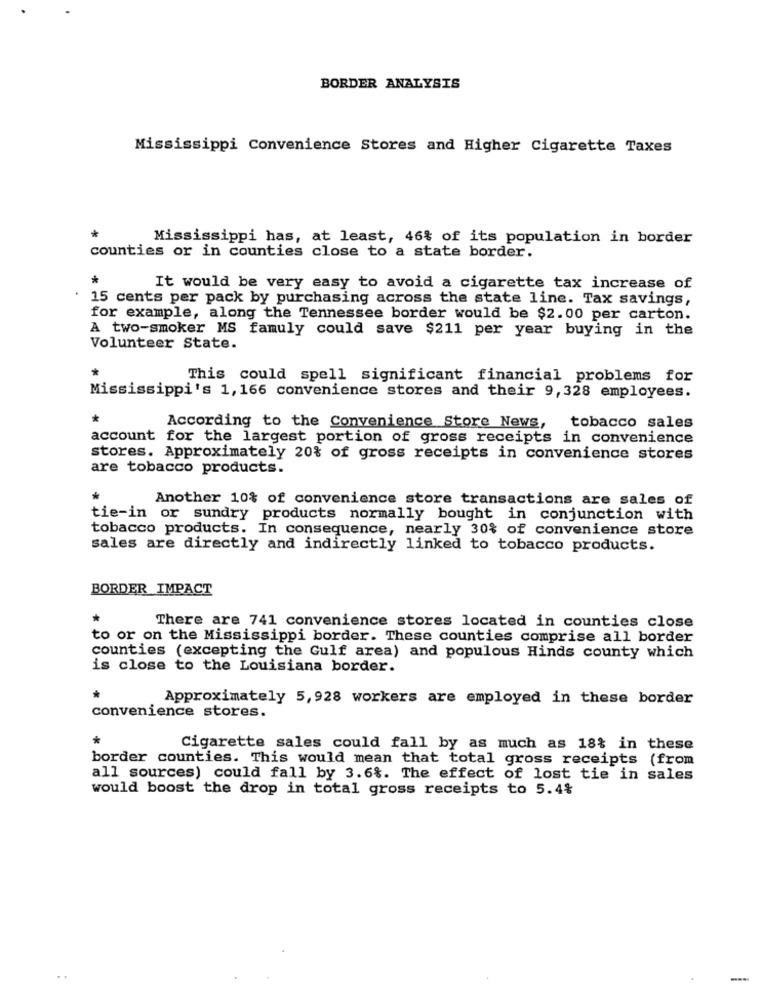
BORDER ANALYSIS
Mississippi Convenience Stores and Higher Cigarette Taxes
Mississippi has, at least, 46% of its population in border
counties or in counties close to a state border.
*
It would be very easy to avoid a cigarette tax increase of
15 cents per pack by purchasing across the state line. Tax savings,
for example, along the Tennessee border would be $2.00 per carton.
A two-smoker MS famuly could save $211 per year buying in the
Volunteer State.
*
This could spell significant financial problems for
Mississippi's 1,166 convenience stores and their 9,328 employees.
*
According to the Convenience Store News, tobacco sales
account for the largest portion of gross receipts in convenience
stores. Approximately 20% of gross receipts in convenience stores
are tobacco products.
Another 10% of convenience store transactions are sales of
tie-in or sundry products normally bought in conjunction with
tobacco products. In consequence, nearly 30% of convenience store
sales are directly and indirectly linked to tobacco products.
BORDER IMPACT
*
There are 741 convenience stores located in counties close
to or on the Mississippi border. These counties comprise all border
counties (excepting the Gulf area) and populous Hinds county which
is close to the Louisiana border.
Approximately 5,928 workers are employed in these border
convenience stores.
*
Cigarette sales could fall by as much as 18% in these
border counties. This would mean that total gross receipts (from
all sources) could fall by 3.6%. The effect of lost tie in sales
would boost the drop in total gross receipts to 5.4%
. .
-